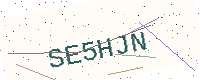
Text: SE5HJN